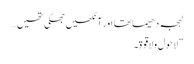
لہجہ دھیما تھا اور آنکھیں جھکی تھیں…
”لاحول ولاقوۃ۔